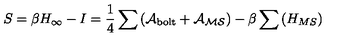
S = \beta H _ { \infty } - I = \frac { 1 } { 4 } \sum \left( \cal { A } _ { \mathrm { b o l t } } + \cal { A } _ { { M S } } \right) - \beta \sum \left( H _ { { M S } } \right)